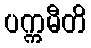
ပက္ကမီတိ